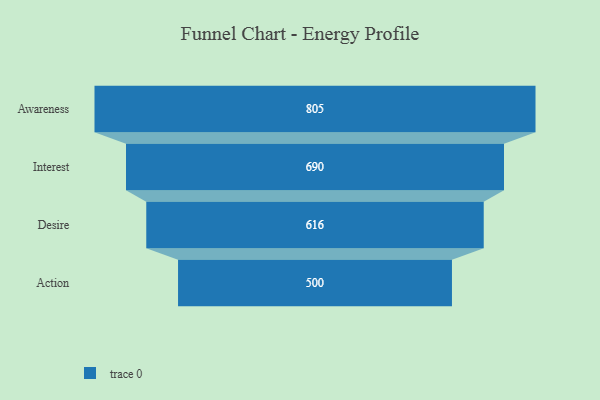
{"axis": {"x": "Stage", "y": "Value"}, "legend": [""], "data": [{"x": "Awareness", "y": 805.0, "type": ""}, {"x": "Interest", "y": 690.0, "type": ""}, {"x": "Desire", "y": 616.0, "type": ""}, {"x": "Action", "y": 500, "type": ""}]}